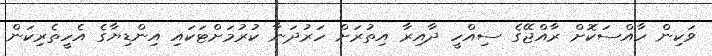
ވަކިން ހާއްސަކޮށް ރާއްޖޭގެ ސިއްހީ ދާއިރާ އިތުރަށް ހަރުދަނާ ކުރުމަށްޓަކައި އިންޑިޔާގެ އެހީތެރިކަން